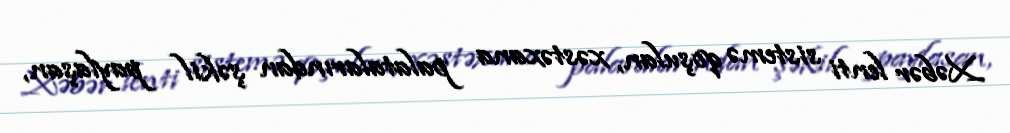
Xəbər lenti sistemə qoşulan, xəstəxana palatalarından şəkil paylaşan,